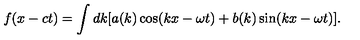
f ( x - c t ) = \int d k [ a ( k ) \cos ( k x - \omega t ) + b ( k ) \sin ( k x - \omega t ) ] .